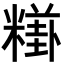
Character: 𥼎